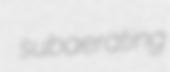
subaerating